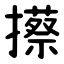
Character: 攃